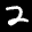
Digit: 2